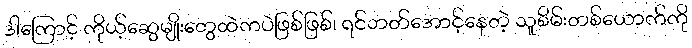
ဒါကြောင့် ကိုယ့်ဆွေမျိုးတွေထဲကပဲဖြစ်ဖြစ်၊ ရင်ဘတ်အောင့်နေတဲ့ သူစိမ်းတစ်ယောက်ကို